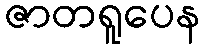
ဇာတရူပေန